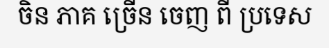
ចិន ភាគ ច្រើន ចេញ ពី ប្រទេស